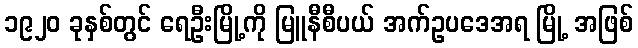
၁၉၂၀ ခုနှစ်တွင် ရေဦးမြို့ကို မြူနီစီပယ် အက်ဥပဒေအရ မြို့ အဖြစ်